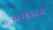
فيدراليون